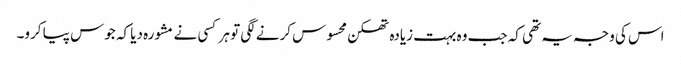
اس کی وجہ یہ تھی کہ جب وہ بہت زیادہ تھکن محسوس کرنے لگی تو ہر کسی نے مشورہ دیا کہ جوس پیا کرو۔